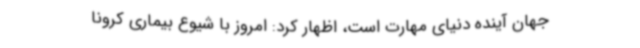
جهان آینده دنیای مهارت است، اظهار کرد: امروز با شیوع بیماری کرونا